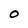
Character: O